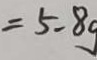
z = 5 . 8 g